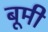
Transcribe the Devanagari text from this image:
बूमी